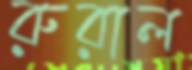
রুরাল